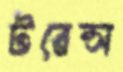
টরেন্স